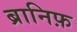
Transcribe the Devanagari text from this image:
ब्रानिफ़